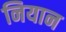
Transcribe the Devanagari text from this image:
नियान